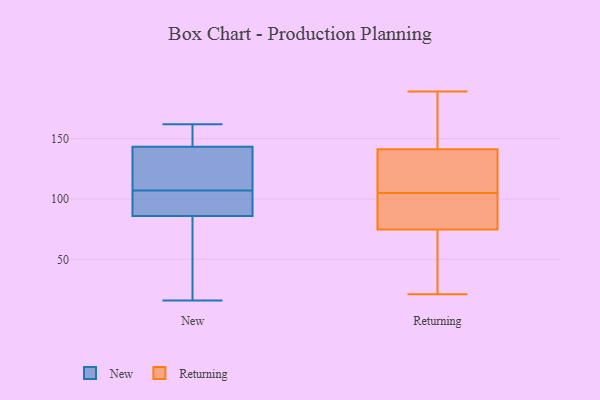
{"axis": {"x": "Headcount", "y": "Value"}, "legend": ["New", "Returning"], "data": [{"x": "", "y": 29, "type": "New"}, {"x": "", "y": 103, "type": "New"}, {"x": "", "y": 86, "type": "New"}, {"x": "", "y": 138, "type": "New"}, {"x": "", "y": 107, "type": "New"}, {"x": "", "y": 142, "type": "New"}, {"x": "", "y": 154, "type": "New"}, {"x": "", "y": 107, "type": "New"}, {"x": "", "y": 147, "type": "New"}, {"x": "", "y": 162, "type": "New"}, {"x": "", "y": 86, "type": "New"}, {"x": "", "y": 16, "type": "New"}, {"x": "", "y": 107, "type": "New"}, {"x": "", "y": 118, "type": "Returning"}, {"x": "", "y": 80, "type": "Returning"}, {"x": "", "y": 156, "type": "Returning"}, {"x": "", "y": 44, "type": "Returning"}, {"x": "", "y": 112, "type": "Returning"}, {"x": "", "y": 73, "type": "Returning"}, {"x": "", "y": 107, "type": "Returning"}, {"x": "", "y": 178, "type": "Returning"}, {"x": "", "y": 149, "type": "Returning"}, {"x": "", "y": 92, "type": "Returning"}, {"x": "", "y": 66, "type": "Returning"}, {"x": "", "y": 189, "type": "Returning"}, {"x": "", "y": 101, "type": "Returning"}, {"x": "", "y": 105, "type": "Returning"}, {"x": "", "y": 21, "type": "Returning"}]}